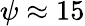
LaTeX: \psi\approx 15